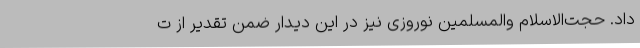
داد. حجت‌الاسلام والمسلمین نوروزی نیز در این دیدار ضمن تقدیر از ت